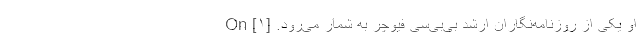
او یکی از روزنامه‌نگاران ارشد بی‌بی‌سی فیوچر به شمار می‌رود. [۱] On